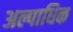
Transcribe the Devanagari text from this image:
अल्पाधिक